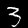
Digit: 3